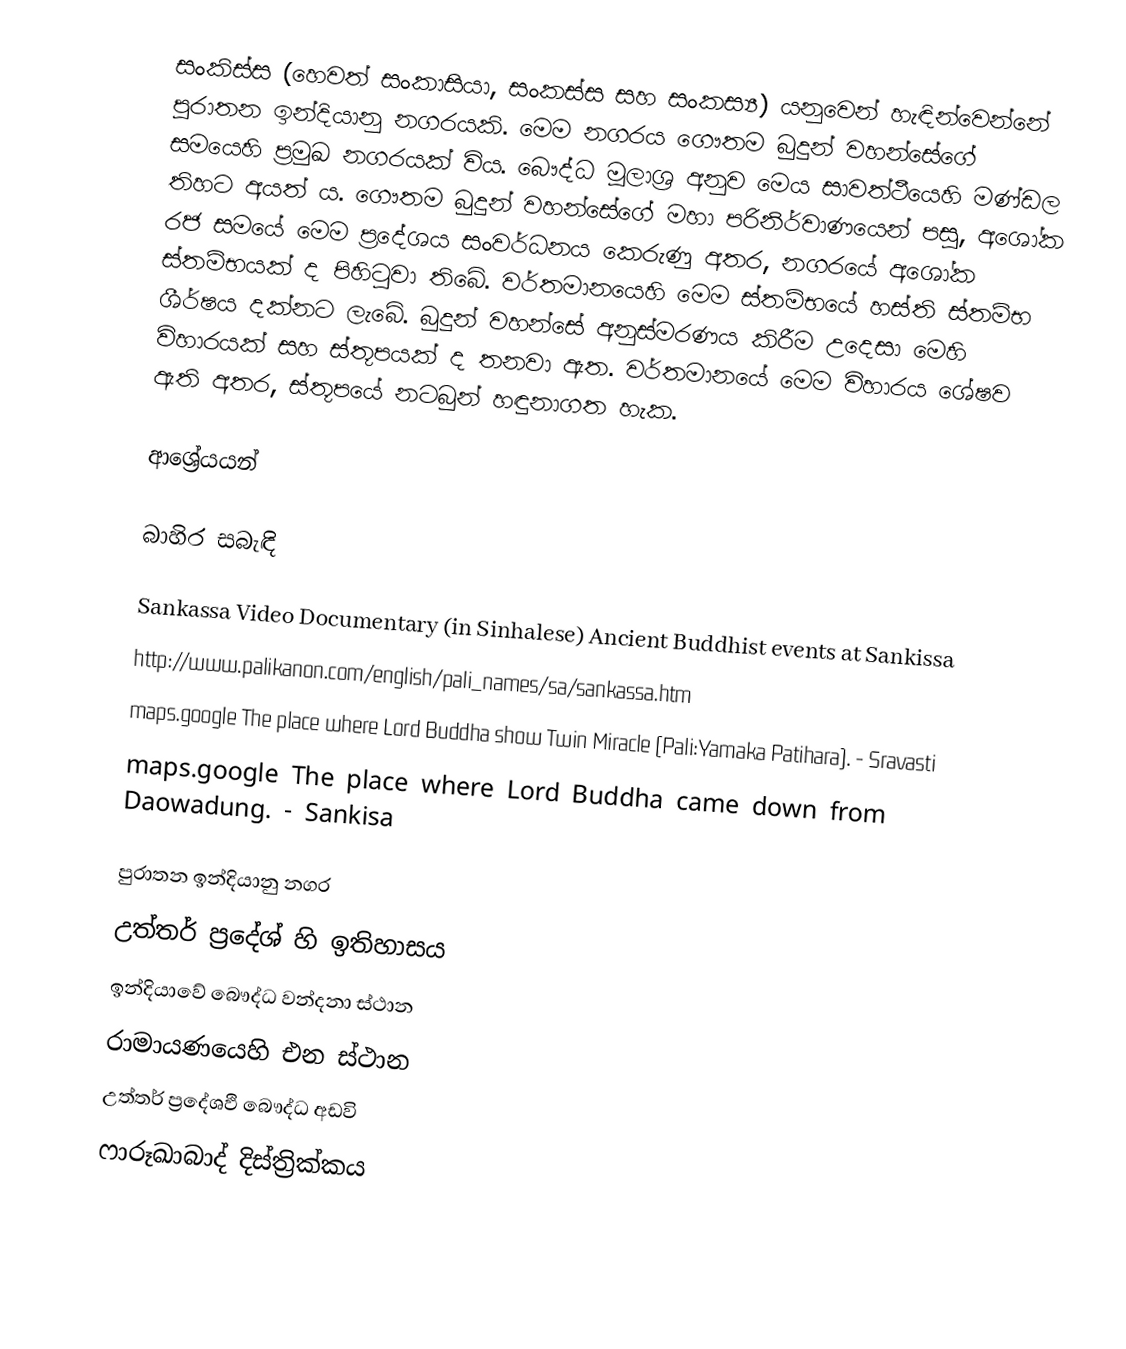
සංකිස්ස (හෙවත් සංකාසියා, සංකස්ස සහ සංකස්‍ය) යනුවෙන් හැඳින්වෙන්නේ පුරාතන ඉන්දියානු නගරයකි. මෙම නගරය ගෞතම බුදුන් වහන්සේගේ සමයෙහි ප්‍රමුඛ නගරයක් විය. බෞද්ධ මූලාශ්‍ර අනුව මෙය සාවත්ථීයෙහි මණ්ඩල තිහට අයත් ය. ගෞතම බුදුන් වහන්සේගේ මහා පරිනිර්වාණයෙන් පසු, අශෝක රජ සමයේ මෙම ප්‍රදේශය සංවර්ධනය කෙරුණු අතර, නගරයේ අශෝක ස්තම්භයක් ද පිහිටුවා තිබේ. වර්තමානයෙහි මෙම ස්තම්භයේ හස්ති ස්තම්භ ශීර්ෂය දක්නට ලැබේ. බුදුන් වහන්සේ අනුස්මරණය කිරීම උදෙසා මෙහි විහාරයක් සහ ස්තූපයක් ද තනවා ඇත. වර්තමානයේ මෙම විහාරය ශේෂව ඇති අතර, ස්තූපයේ නටබුන් හඳුනාගත හැක.

ආශ්‍රේයයන්

බාහිර සබැඳි

Sankassa Video Documentary (in Sinhalese) Ancient Buddhist events at Sankissa
 http://www.palikanon.com/english/pali_names/sa/sankassa.htm
 maps.google The place where Lord Buddha show Twin Miracle (Pali:Yamaka Patihara). - Sravasti
 maps.google The place where Lord Buddha came down from Daowadung. - Sankisa

පුරාතන ඉන්දියානු නගර
උත්තර් ප්‍රදේශ් හි ඉතිහාසය
ඉන්දියාවේ බෞද්ධ වන්දනා ස්ථාන
රාමායණයෙහි එන ස්ථාන
උත්තර් ප්‍රදේශඵි බෞද්ධ අඩවි
ෆාරූඛාබාද් දිස්ත්‍රික්කය